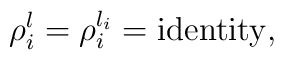
\rho_{i}^{l} = \rho_{i}^{l_{i}} = {\rm identity},